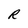
Character: R